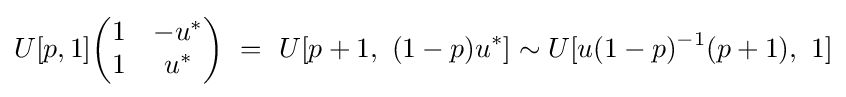
U[p,1]{\begin{pmatrix}1&-u^{*}\\1&u^{*}\end{pmatrix}}\ =\ U[p+1,\ (1-p)u^{*}]\sim U[u(1-p)^{-1}(p+1),\ 1]